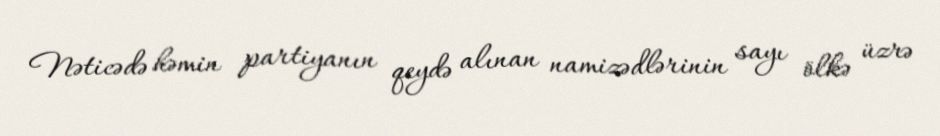
Nəticədə həmin partiyanın qeydə alınan namizədlərinin sayı ölkə üzrə